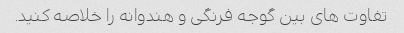
تفاوت های بین گوجه فرنگی و هندوانه را خلاصه کنید.